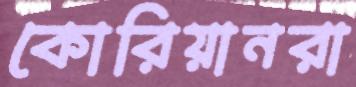
কোরিয়ানরা